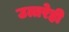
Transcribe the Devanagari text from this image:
उत्तरेही